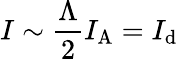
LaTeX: I\sim\frac{\Lambda}{2}I_{\mathrm{A}}=I_{\mathrm{d}}